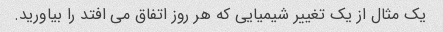
یک مثال از یک تغییر شیمیایی که هر روز اتفاق می افتد را بیاورید.